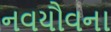
નવયૌવના